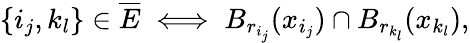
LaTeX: \{ i_{j},k_{l}\} \in\overline{{E}}\iff B_{r_{i_{j}}}(x_{i_{j}})\cap B_{r_{k_{l}}}(x_{k_{l}}),